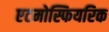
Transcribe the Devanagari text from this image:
एटमोस्फियरिक